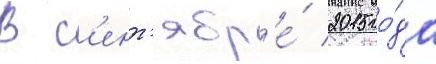
В с'ент'ябр'е́ 2015 го́да